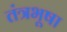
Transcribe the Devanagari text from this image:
तंत्रभूषा